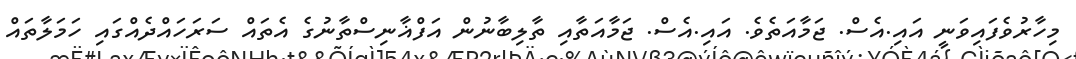
މިހާރުވެފައިވަނީ އައި.އެސް. ޖަމާއަތެވެ. އައި.އެސް. ޖަމާއަތާއި ތާލިބާނުން އަފްޣާނިސްތާނުގެ އެތައް ސަރަހައްދެއްގައި ހަމަލާތައް